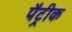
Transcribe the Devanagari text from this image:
पैट्रीक